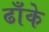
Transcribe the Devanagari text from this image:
ढाँके